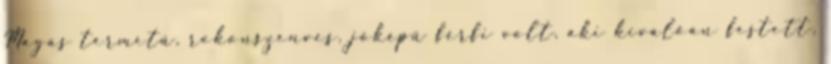
Magas termetű, rokonszenves, jóképű férfi volt, aki kiválóan festett,